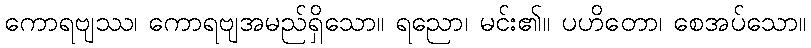
ကောရဗျဿ၊ ကောရဗျအမည်ရှိသော။ ရညော၊ မင်း၏။ ပဟိတော၊ စေအပ်သော။